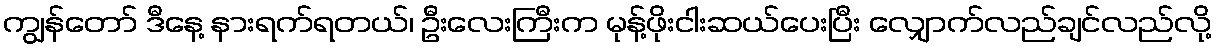
ကျွန်တော် ဒီနေ့ နားရက်ရတယ်၊ ဦးလေးကြီးက မုန့်ဖိုးငါးဆယ်ပေးပြီး လျှောက်လည်ချင်လည်လို့